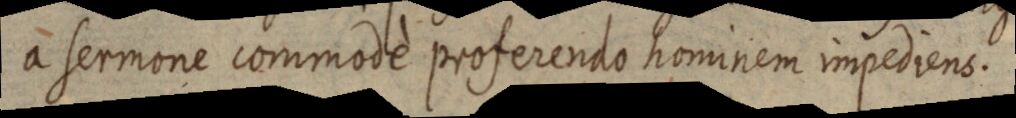
a sermone commodè proferendo hominem impediens.